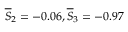
\overline { { S } } _ { 2 } = - 0 . 0 6 , \overline { { S } } _ { 3 } = - 0 . 9 7